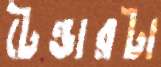
টেন্ডারটা